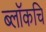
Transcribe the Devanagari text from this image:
ब्लॉकचि